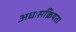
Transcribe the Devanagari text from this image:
अधःसक्रियता